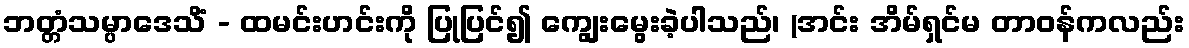
ဘတ္တံသမ္ပာဒေသိံ - ထမင်းဟင်းကို ပြုပြင်၍ ကျွေးမွေးခဲ့ပါသည်၊ (အင်း အိမ်ရှင်မ တာဝန်ကလည်း